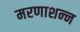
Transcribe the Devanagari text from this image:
मरणाशन्‍न